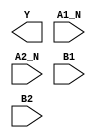
module sky130_fd_sc_hs__o2bb2ai (
    Y   ,
    A1_N,
    A2_N,
    B1  ,
    B2
);

    output Y   ;
    input  A1_N;
    input  A2_N;
    input  B1  ;
    input  B2  ;

    // Voltage supply signals
    supply1 VPWR;
    supply0 VGND;

endmodule